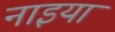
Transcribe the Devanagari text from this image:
नाइया